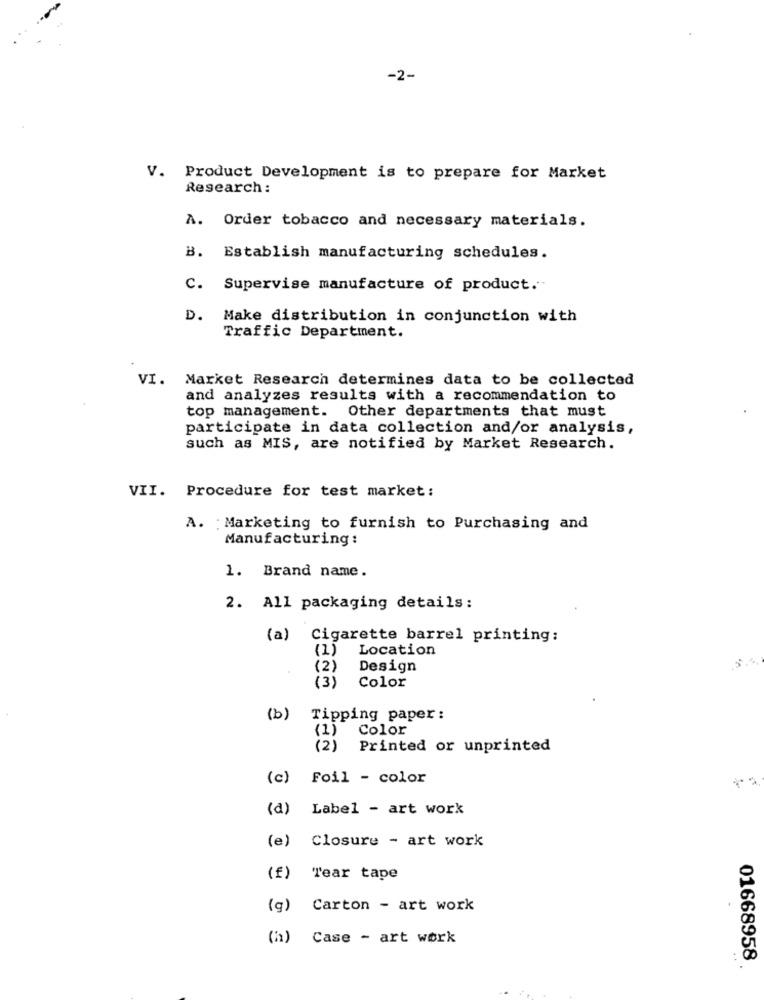
-2-
V. Product Development is to prepare for Market
Research :
A. Order tobacco and necessary materials.
B. Establish manufacturing schedules.
C. Supervise manufacture of product .-
D. Make distribution in conjunction with
Traffic Department.
VI. Market Research determines data to be collected
and analyzes results with a recommendation to
top management. Other departments that must
participate in data collection and/or analysis,
such as MIS, are notified by Market Research.
VII. Procedure for test market:
A. : Marketing to furnish to Purchasing and
Manufacturing :
1. Brand name.
2. All packaging details:
(a) Cigarette barrel printing:
(1)
Location
(2)
Design
(3)
Color
(b) Tipping paper:
(1)
Color
(2)
Printed or unprinted
(c) Foil - color
(d) Label - art work
(e) Closure - art work
(f)
Tear tape
(g)
Carton - art work
Case - art work
01668958